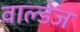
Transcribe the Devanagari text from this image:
वाल्डेज